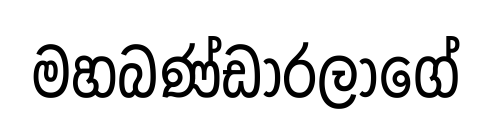
මහබණ්ඩාරලාගේ